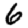
Digit: 6